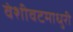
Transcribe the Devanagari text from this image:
वंशीवटमाधुरी